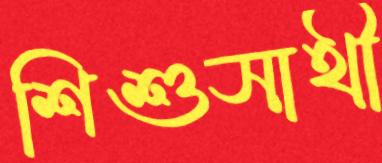
শিশুসাথী